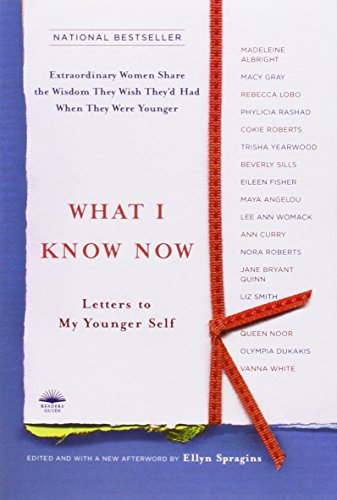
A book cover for What I Know Now: Letters to My Younger Self; Ellyn Spragins; Politics & Social Sciences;